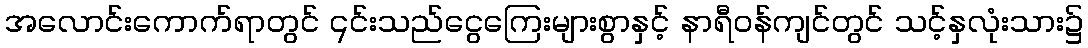
အလောင်းကောက်ရာတွင် ၎င်းသည်ငွေကြေးများစွာနှင့် နာရီဝန်ကျင်တွင် သင့်နှလုံးသား၌